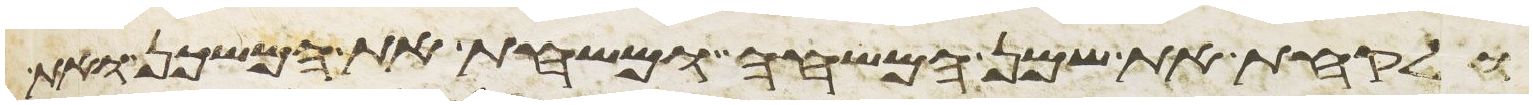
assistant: ולקחת את שמן המשחה ומשחת את המשכן ואת